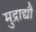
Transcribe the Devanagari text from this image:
मुद्राद्यौ